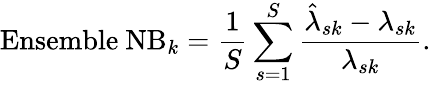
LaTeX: \mathrm{Ensemble~NB}_{k}=\frac{1}{S}\sum_{s=1}^{S}\frac{\hat{{\lambda}}_{sk}-{{\lambda}_{sk}}}{{{\lambda}_{sk}}}.